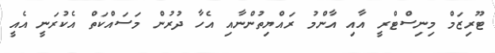
ޓޫރިޒަމް މިނިސްޓްރީ އާއި އާންމު ރައްޔިތުންނާއި އެހާ ދުރުން މަސައްކަތް އެކުރަނީ އެއީ